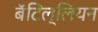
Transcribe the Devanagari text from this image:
बॅटिल्लियन